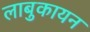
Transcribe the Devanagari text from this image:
लाबुकायन